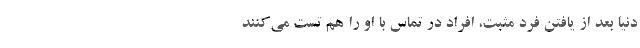
دنیا بعد از یافتن فرد مثبت، افراد در تماس با او را هم تست می‌کنند